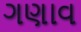
ગણાવ